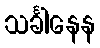
သင်္ခါနေန